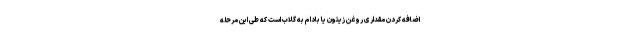
اضافه کردن مقداری روغن زیتون یا بادام به گلاب است که طی این مرحله